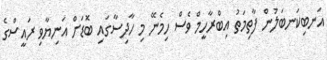
އަނބިކަނބަލުން ފާތިމަތު އިބްރާހީމް ވެސް ހިމެނޭ މި ހާދިސާގައި ބޮޑަށް އަނިޔާވި ރައީސްގެ